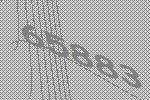
65883